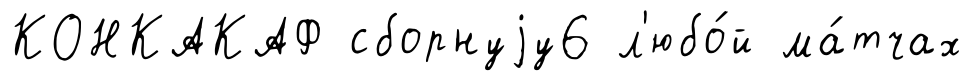
КОНКАКАФ сборнуjу6 л'юбо́й ма́тчах